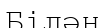
Білән